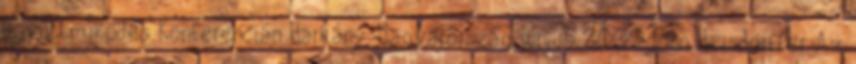
Együttműködés Konferencián Harkány, Magyarország Június 2009 John Heisdorffer Az